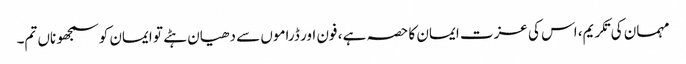
مہمان کی تکریم، اس کی عزت ایمان کا حصہ ہے ، فون اور ڈراموں سے دھیان ہٹے تو ایمان کو سمجھو ناں تم۔